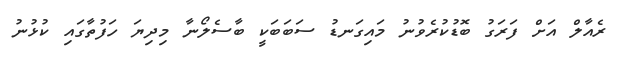
ރެއާލް އަށް ފަރަގު ބޮޑުކުރެވުނު މައިގަނޑު ސަބަބަކީ ބާސެލޯނާ މިދިޔަ ހަފުތާގައި ކުޅުނު